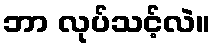
ဘာ လုပ်သင့်လဲ။